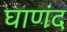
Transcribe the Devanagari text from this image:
घाणंद